Annual vaccination report of Bihar and Orissa - 1911-1928
Year: 1911
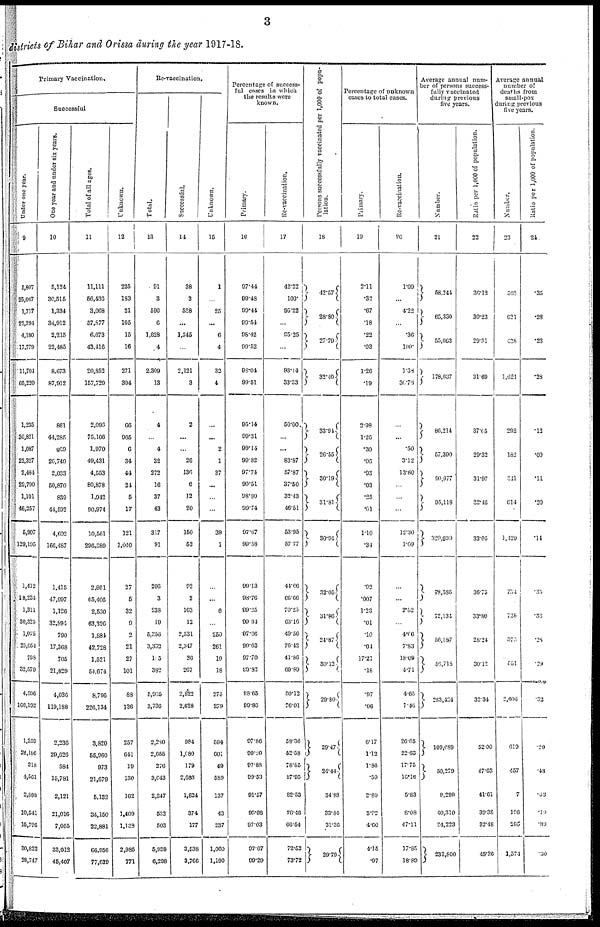
3
districts of Bihar and Orissa during the year 1917-18.
Primary Vaccination.
Successful
Under one year.
9
5,807
25,047
1,717
22,394
4,180
17,779
11,704
65,220
1,235
30,821
1,087
22,327
2,484
29,700
1,101
46,257
5,907
129,195
1,412
18,234
1,311
30,325
1,075
25,054
798
32,579
4,596
106,192
1,359
24,186
318
4,561
2,808
10,541
15,796
30,822
28,747
One year and under six years.
10
5,124
30,516
1,334
34,912
2,215
22,485
8,673
87,812
861
44,285
809
20,740
2,033
50,870
839
44,592
4,602
166,487
1,415
47,097
1,126
32,894
790
17,368
705
21,829
4,036
119,188
2,236
29,626
584
15,781
2,121
21,016
7,055
33,012
46,407
Total of all ages.
11
11,111
56,436
3,068
57,877
6,673
43,416
20,852
157,729
2,096
75,106
1,970
49,431
4,553
80,878
1,942
90,974
10,561
296,389
2,861
65,406
2,530
63,326
1,881
42,728
1,521
54,674
8,796
226,134
3,820
55,960
973
21,679
5,132
34,150
22,881
66,956
77,639
Unknown.
12
235
183
21
105
15
16
271
304
66
965
6
34
44
24
5
17
121
1,040
27
5
32
9
2
21
27
101
88
136
257
641
19
130
162
1,409
1,138
2,985
771
Re-vaccination.
Total.
13
91
3
590
6
1,628
4
2,309
13
4
...
4
32
272
16
37
43
317
91
206
3
238
19
5,256
3,332
105
382
5,005
3,730
2,280
2,655
276
3,643
2,347
532
503
5,938
6,298
Successful.
14
38
3
538
...
1,545
...
2,121
3
2
...
...
26
136
6
12
20
150
53
92
2
163
12
2,531
2,347
36
267
2,822
2,628
984
1,080
179
2,683
1,824
374
177
3,538
3,766
Unknown.
15
1
...
25
...
6
4
32
4
...
...
2
1
37
...
...
...
39
1
...
...
6
...
250
261
19
18
275
279
594
001
49
589
137
43
237
1,060
1,190
Percentage of success-
ful cases in which
the results were
known.
Primary.
16
97.44
99.48
99.44
99.54
98.42
99.52
98.04
99.51
95.14
99.31
99.14
99.82
97.74
90.51
98.80
99.74
97.67
99.58
99.13
98.76
99.25
99.94
97.66
99.63
97.70
99.82
98.65
99.86
97.86
99.20
97.88
99.53
91.57
99.08
97.03
97.67
99.29
Re-vaccination.
17
42.22
100.
95.22
...
95.25
...
93.14
33.33
50.00
...
...
83.87
57.87
37.50
32.43
46.51
53.95
57.77
44.66
66.66
70.25
63.16
49.56
76.42
41.86
69.89
50.12
76.01
58.36
52.58
78.65
87.95
82.53
76.48
66.54
72.52
73.72
Persons successfully vaccinated per 1,000 of popu-
lation.
18
42.57
28.80
27.79
32.40
33.94
26.55
30.19
31.81
30.94
32.05
31.86
24.87
30.12
29.80
29.47
24.44
34.88
33.84
31.36
29.79
Percentage of unknown
cases to total cases.
Primary.
19
2.11
.32
.67
.18
.22
.03
1.26
.19
2.98
1.26
.30
.06
.93
.03
.25
.01
1.10
.34
.02
.007
1.23
.01
.10
.04
17.21
.18
.97
.06
6.17
1.12
1.86
.59
2.80
3.92
4.60
4.15
.97
Re-vaccination.
20
1.09
...
4.22
...
.36
100.
1.38
30.78
...
...
.50
3.12
13.60
...
...
...
12.30
1.09
...
...
2.52
...
4.66
7.83
18.09
4.71
4.65
7.46
26.05
22.63
17.75
10.16
5.83
8.08
47.11
17.85
18.89
Average annual num-
ber of persons success-
fully vaccinated
during previous
five years.
Number.
21
58,244
65,330
55,063
178,037
86,214
57,390
90,977
95,118
329,699
78,385
72,134
56,197
56,718
263,424
109,689
50,279
8,299
40,310
24,223
232,800
Ratio per 1,000 of population.
22
36.12
30.23
29.51
31.69
37.05
29.32
31.97
22.46
33.05
36.75
33.80
28.24
30.12
32.34
52.00
47.63
41.61
39.38
32.48
45.36
Average annual
number of
deaths from
small-pox
during previous
five years.
Number.
23
562
621
438
1,621
292
182
341
614
1,429
754
725
570
551
2,606
619
457
7
196
295
1,574
Ratio per 1,000 of population.
24
.35
.28
.23
.28
.12
.09
.11
.20
.14
.35
.33
.28
.29
.32
.29
.43
.03
.19
.39
.30